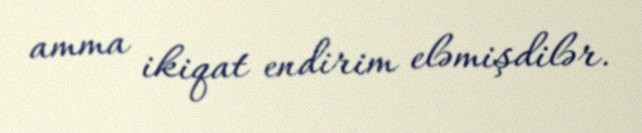
amma ikiqat endirim eləmişdilər.